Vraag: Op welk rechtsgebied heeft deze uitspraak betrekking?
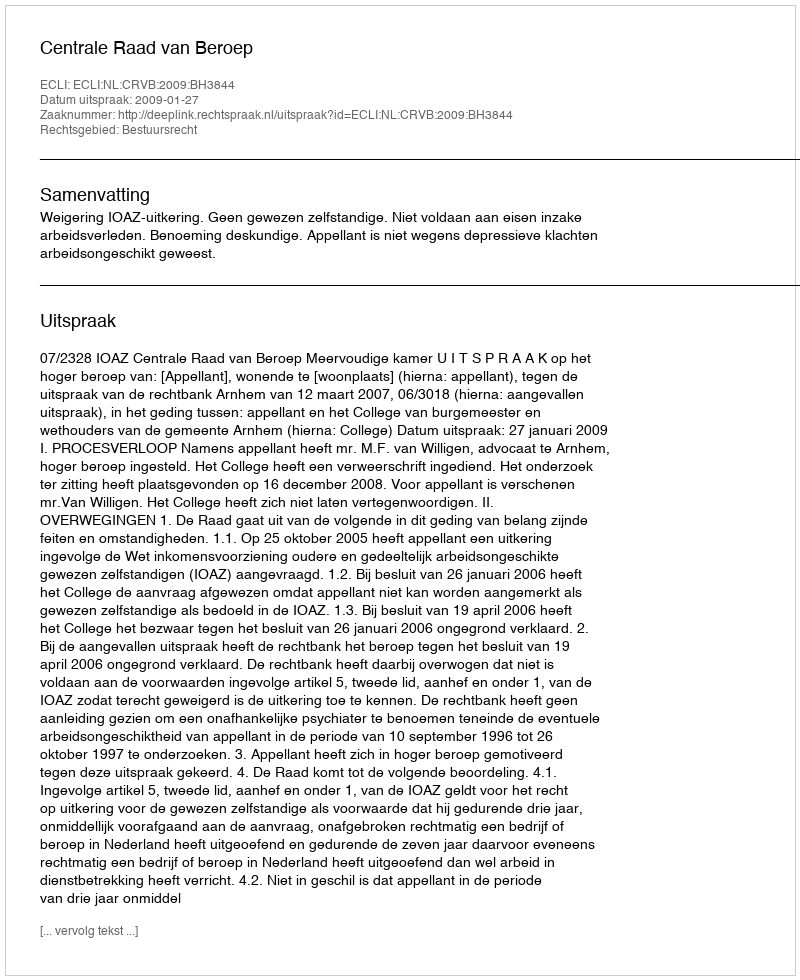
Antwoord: Bestuursrecht